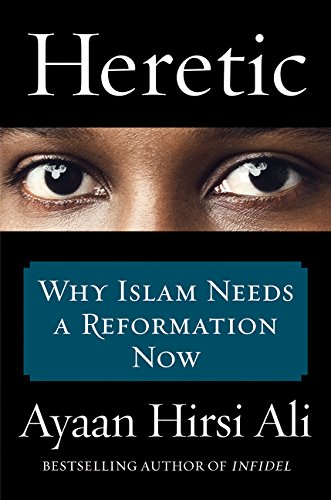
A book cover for Heretic: Why Islam Needs a Reformation Now; Ayaan Hirsi Ali; History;